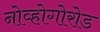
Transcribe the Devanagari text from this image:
नोव्होगोरोड